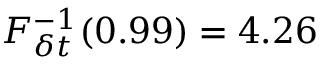
F _ { \delta t } ^ { - 1 } ( 0 . 9 9 ) = 4 . 2 6